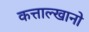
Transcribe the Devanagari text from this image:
कत्ताल्खानो